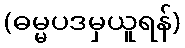
(ဓမ္မပဒမှယူရန်)